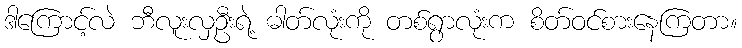
ဒါကြောင့်လဲ ဘီလူးလှဦးရဲ့ ဓါတ်လုံးကို တစ်ရွာလုံးက စိတ်ဝင်စားနေကြတာ။